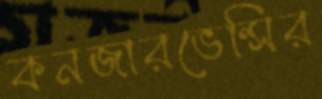
কনজারভেন্সির